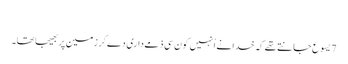
‏
7 یسوع جانتے تھے کہ خدا نے اُنہیں کون سی ذمےداری دے کر زمین پر بھیجا تھا۔